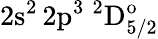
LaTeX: \mathrm{2s^{2}\, 2p^{3}~^{2}D_{5/2}^{o}}